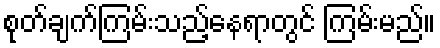
စုတ်ချက်ကြမ်းသည့်နေရာတွင် ကြမ်းမည်။